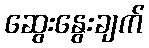
ဆွေးနွေးချက်